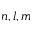
n , l , m